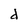
Character: d